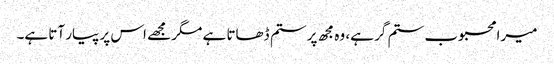
میرا محبوب ستم گر ہے، وہ مجھ پر ستم ڈھاتا ہے مگر مجھے اس پر پیار آتا ہے۔